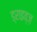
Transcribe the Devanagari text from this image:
ड्राइव्ज़